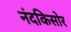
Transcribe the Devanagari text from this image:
नंदकिसोर